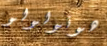
هونولولو